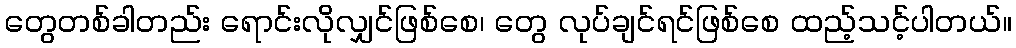
တွေတစ်ခါတည်း ရောင်းလိုလျှင်ဖြစ်စေ၊ တွေ လုပ်ချင်ရင်ဖြစ်စေ ထည့်သင့်ပါတယ်။